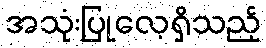
အသုံးပြုလေ့ရှိသည့်